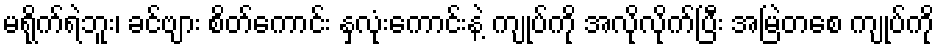
မရိုက်ရဲဘူး၊ ခင်ဗျား စိတ်ကောင်း နှလုံးကောင်းနဲ့ ကျုပ်ကို အလိုလိုက်ပြီး အမြဲတစေ ကျုပ်ကို